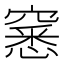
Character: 窸